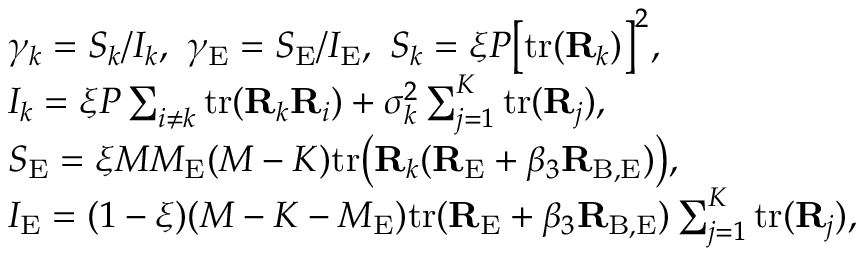
\begin{array} { r l } & { \gamma _ { k } = S _ { k } / I _ { k } , \ \gamma _ { \mathrm { E } } = S _ { \mathrm { E } } / I _ { \mathrm { E } } , \ S _ { k } = \xi P \big [ \mathrm { t r } ( \mathbf { R } _ { k } ) \big ] ^ { 2 } , } \\ & { I _ { k } = \xi P \sum _ { i \neq k } \mathrm { t r } ( \mathbf { R } _ { k } \mathbf { R } _ { i } ) + \sigma _ { k } ^ { 2 } \sum _ { j = 1 } ^ { K } \mathrm { t r } ( { \bf R } _ { j } ) , } \\ & { S _ { \mathrm { E } } = \xi M M _ { \mathrm { E } } ( M - K ) \mathrm { t r } \big ( { \bf R } _ { k } ( { \bf R } _ { \mathrm { E } } + \beta _ { 3 } { \bf R } _ { \mathrm { B , E } } ) \big ) , } \\ & { I _ { \mathrm { E } } = ( 1 - \xi ) ( M - K - M _ { \mathrm { E } } ) \mathrm { t r } ( { \bf R } _ { \mathrm { E } } + \beta _ { 3 } { \bf R } _ { \mathrm { B , E } } ) \sum _ { j = 1 } ^ { K } \mathrm { t r } ( { \bf R } _ { j } ) , } \end{array}